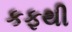
કફથી